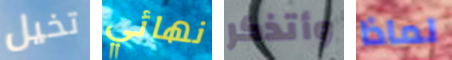
تخيل نهائي وأتذكر لماذا